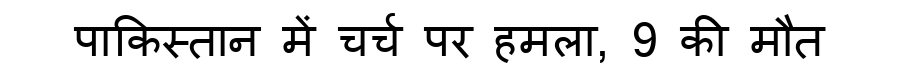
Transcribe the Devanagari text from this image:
पाकिस्तान में चर्च पर हमला, 9 की मौत